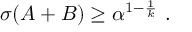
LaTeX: \sigma ( A + B ) \geq \alpha ^ { 1 - { \frac { 1 } { k } } } \ .